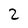
Character: 2